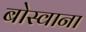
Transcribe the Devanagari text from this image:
बोस्वाना